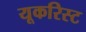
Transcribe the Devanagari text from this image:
यूकरिस्ट